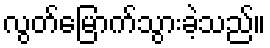
လွတ်မြောက်သွားခဲ့သည်။